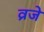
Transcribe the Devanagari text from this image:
व्रजे